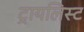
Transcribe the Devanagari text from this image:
ट्रायलिस्ट